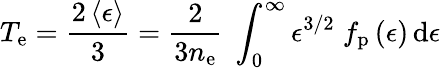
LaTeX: T_{\mathrm{e}}=\frac{2\left<\epsilon\right>}{3}=\frac{2}{3n_{\mathrm{e}}}\; \int_{0}^{\infty}\epsilon^{3/2}\; f_{\mathrm{p}}\left(\epsilon\right)\, \mathrm{d}\epsilon